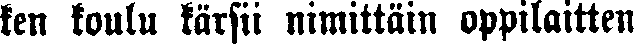
ken koulu kärsii nimittäin oppilaitten